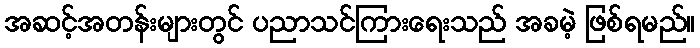
အဆင့်အတန်းများတွင် ပညာသင်ကြားရေးသည် အခမဲ့ ဖြစ်ရမည်။